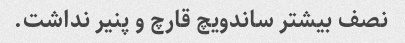
نصف بیشتر ساندویچ قارچ و پنیر نداشت.